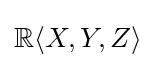
\mathbb {R} \langle X,Y,Z\rangle